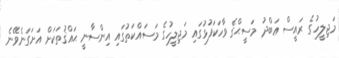
މަޖިލީހުގެ ރައީސް ޢަބްދު މަސީޙްގެ ވާހަކަފުޅުގައި މަޖިލީހުގެ މަސައްކަތުގައި އިންސާނީ ޙައްޤުތަކަށް އަށަގަނެވޭނެ